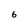
Character: 6